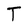
Character: T